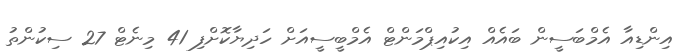
އިންޑިއާ އެމްބަސީން ބައެއް އިކުއިޕްމަންޓް އެމްބީސީއަށް ހަދިޔާކޮށްފި 41 މިނެޓް 27 ސިކުންތު